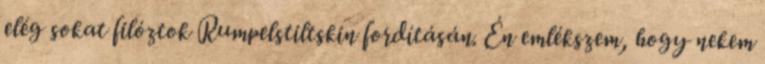
elég sokat filóztok Rumpelstiltskin fordításán. Én emlékszem, hogy nekem